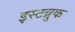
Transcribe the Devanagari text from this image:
इस्टब्रुक